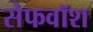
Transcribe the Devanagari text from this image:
सेफवॉश